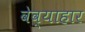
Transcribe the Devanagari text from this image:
वेव्याहार